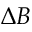
\Delta B